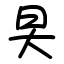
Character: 旲